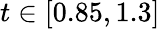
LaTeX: t\in[0.85,1.3]